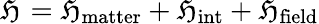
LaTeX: \mathfrak{H}_{}=\mathfrak{H}_{\mathrm{{matter}}}+\mathfrak{H}_{\mathrm{{int}}}+\mathfrak{H}_{\mathrm{{field}}}